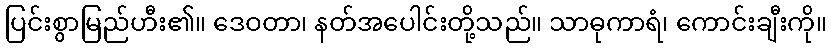
ပြင်းစွာမြည်ဟီး၏။ ဒေဝတာ၊ နတ်အပေါင်းတို့သည်။ သာဓုကာရံ၊ ကောင်းချီးကို။